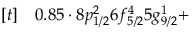
\begin{array} { r l } { [ t ] } & { { } 0 . 8 5 \cdot 8 p _ { 1 / 2 } ^ { 2 } 6 f _ { 5 / 2 } ^ { 4 } 5 g _ { 9 / 2 } ^ { 1 } + } \end{array}